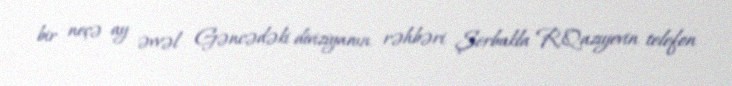
bir neçə ay əvvəl Gəncədəki diviziyanın rəhbəri Şerbakla R.Qazıyevin telefon